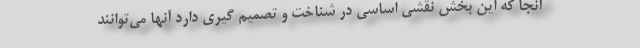
آنجا که این بخش نقشی اساسی در شناخت و تصمیم گیری دارد آنها می‌توانند